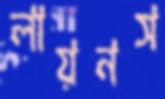
লায়নস